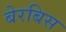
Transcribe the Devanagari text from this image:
बेरबिस